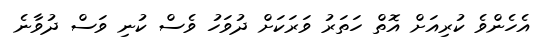
އެހެންވެ ކުރިއަށް އޮތް ހަތަރު ވަރަކަށް ދުވަހު ވެސް ކުނި ވަސް ދުވާނެ